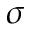
\sigma